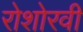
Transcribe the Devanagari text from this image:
रोशोरवी